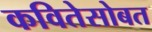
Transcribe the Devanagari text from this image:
कवितेसोबत